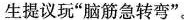
生提议玩”脑筋急转弯”。